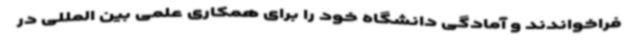
فراخواندند و آمادگی دانشگاه خود را برای همکاری علمی بین المللی در